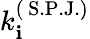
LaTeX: k_{\mathbf{i}}^{(\, \mathrm{{S.P.J.}})}